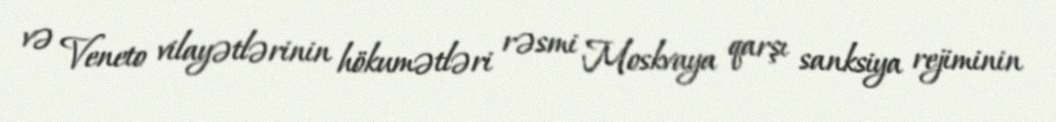
və Veneto vilayətlərinin hökumətləri rəsmi Moskvaya qarşı sanksiya rejiminin